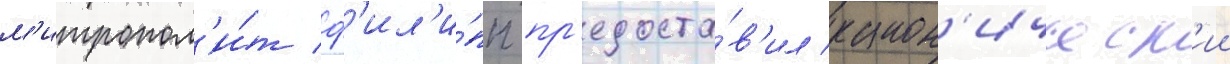
м'итропол'и́т ф'ил'и́пп пр'едоста́в'ил канон'ическ'ии